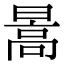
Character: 暠